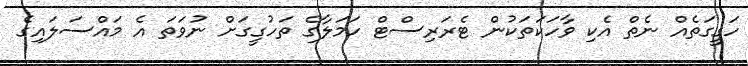
ހަގީގަތެއް ނެތް އެކި ވާހަކަތަކުން ޓެރަރިސްޓް ހަމަލާގެ ތަހުގީގަށް ނުވަތަ އެ މައްސަލައިގެ